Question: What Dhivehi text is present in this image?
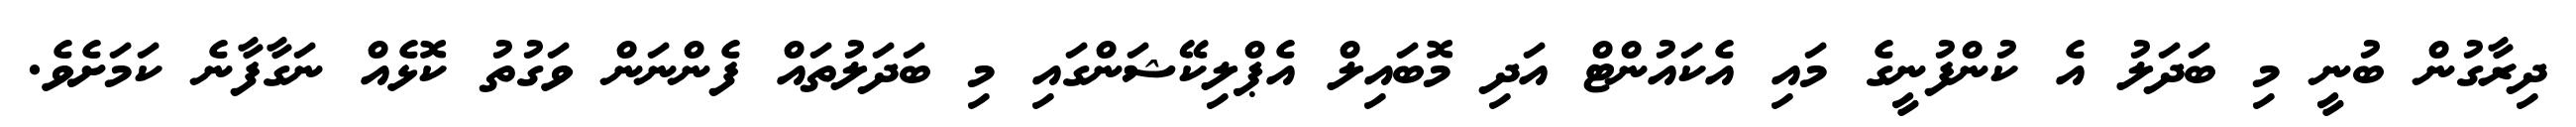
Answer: ދިރާގުން ބުނީ މި ބަދަލު އެ ކުންފުނީގެ މައި އެކައުންޓް އަދި މޮބައިލް އެޕްލިކޭޝަންގައި މި ބަދަލުތައް ފެންނަން ވަގުތު ކޮޅެއް ނަގާފާނެ ކަމަށެވެ.